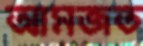
আমজত